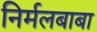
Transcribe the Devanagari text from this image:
निर्मलबाबा